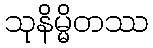
သုနိမ္မိတဿ